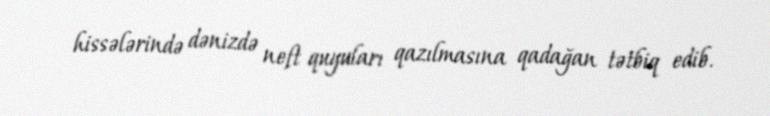
hissələrində dənizdə neft quyuları qazılmasına qadağan tətbiq edib.